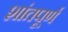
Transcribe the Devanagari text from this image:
शांतपूर्ण